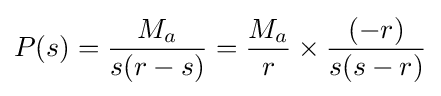
P(s)={\frac {M_{a}}{s(r-s)}}={\frac {M_{a}}{r}}\times {\frac {(-r)}{s(s-r)}}